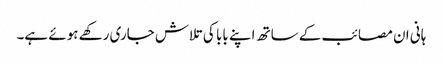
ہانی ان مصائب کے ساتھ اپنے بابا کی تلاش جاری رکھے ہوئے ہے۔